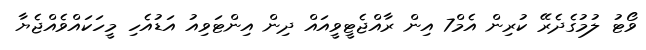
ވޯޓު ލުމުގެދެރޭ ކުރިން އެމް7 އިން ރާއްޖެޓީވީއައް ދިން އިންޓަވިއު އަޑުއެހި މީހަކައްވެއްޖެޔާ